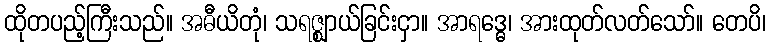
ထိုတပည့်ကြီးသည်။ အဓီယိတုံ၊ သရဇ္ဈာယ်ခြင်းငှာ။ အာရဒ္ဓေ၊ အားထုတ်လတ်သော်။ တေပိ၊